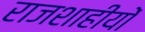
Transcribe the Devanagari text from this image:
राजशाहीयों